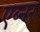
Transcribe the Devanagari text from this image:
एब्नर